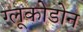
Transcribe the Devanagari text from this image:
ग्लूकोडोन